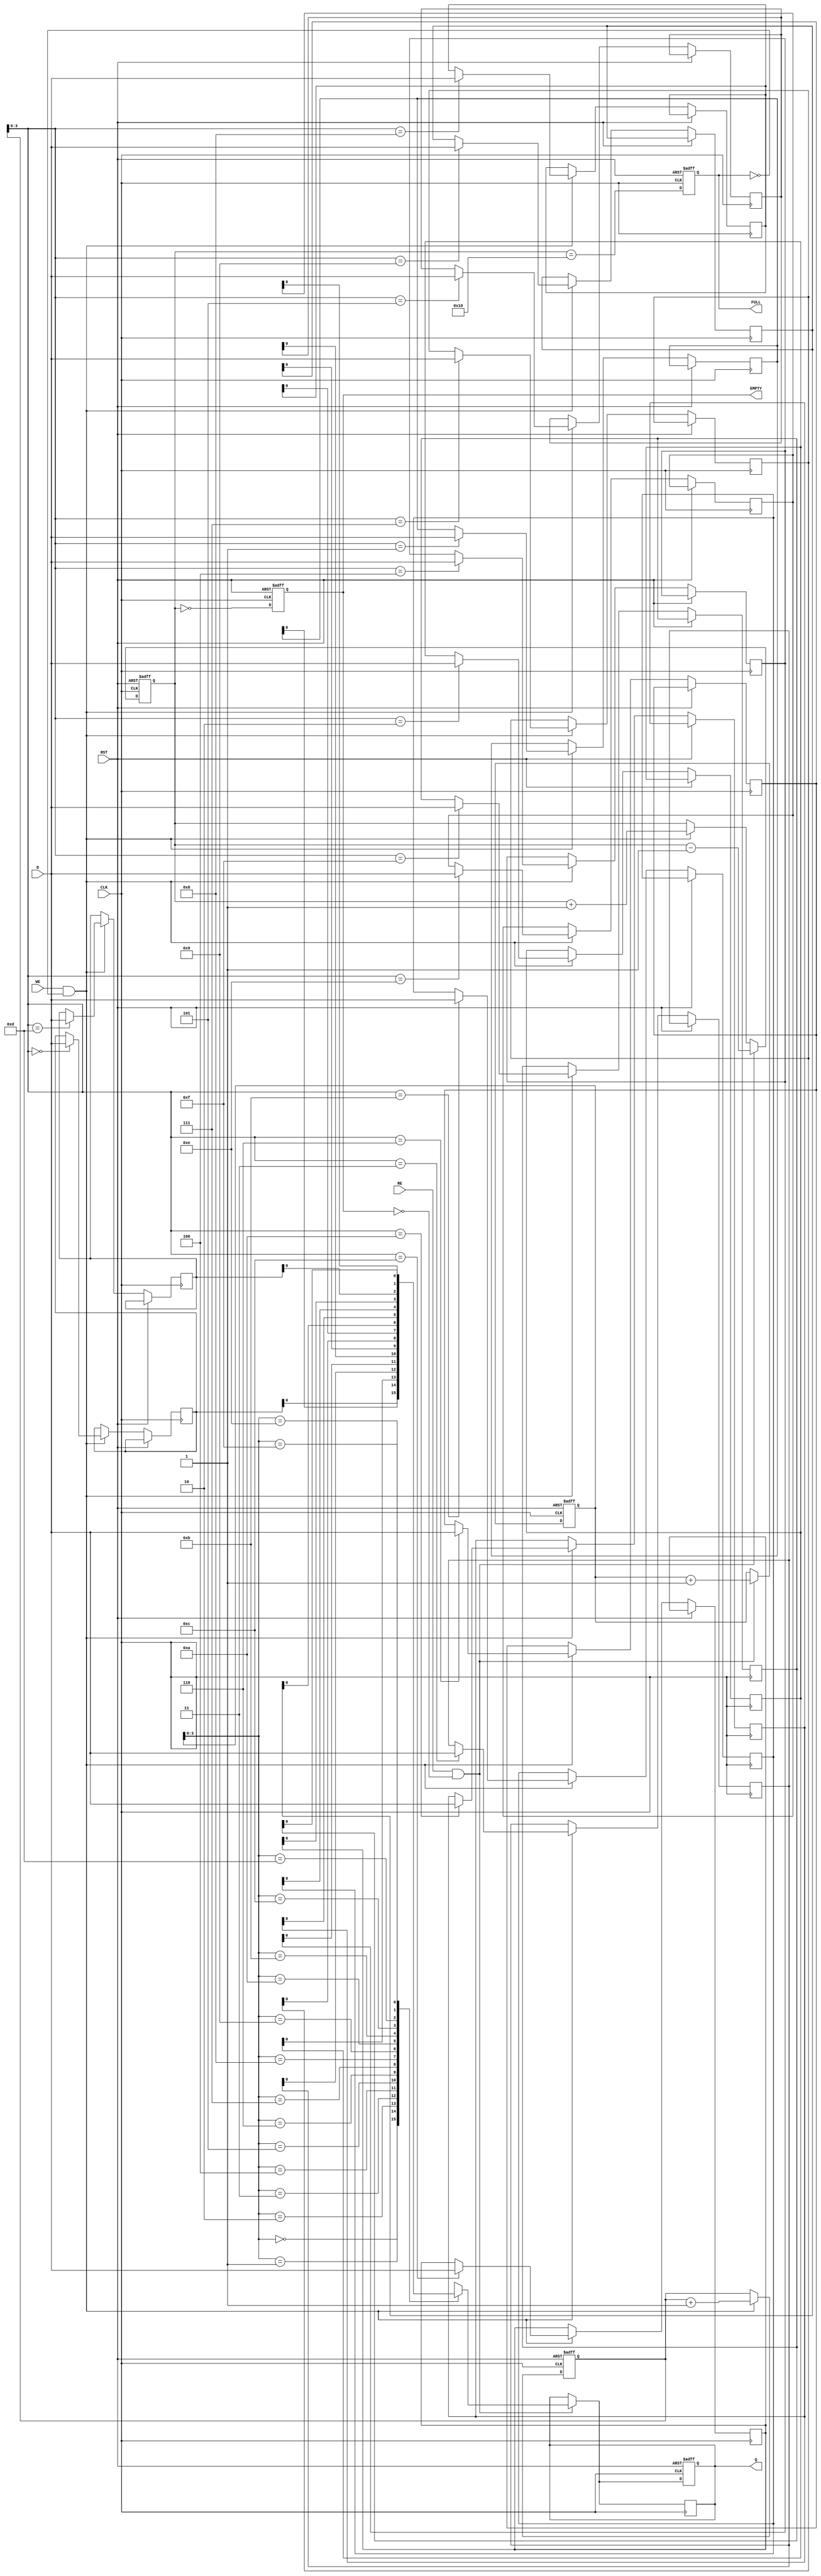
module FIFO_PISO #(
    parameter DATA_WIDTH = 8,  // Width of the parallel data input
    parameter FIFO_DEPTH = 16   // Depth of the FIFO
)(
    input wire [DATA_WIDTH-1:0] D,  // Parallel data input
    input wire WE,                   // Write Enable
    input wire RE,                   // Read Enable
    input wire CLK,                  // Clock
    input wire RST,                  // Reset
    output reg Q,                    // Serial Output
    output reg FULL,                 // Full Flag
    output reg EMPTY                 // Empty Flag
);

    // Internal storage
    reg [DATA_WIDTH-1:0] fifo_mem[FIFO_DEPTH-1:0]; // FIFO memory
    reg [4:0] write_pointer; // Write pointer (5 bits for depth up to 31)
    reg [4:0] read_pointer;  // Read pointer (5 bits for depth up to 31)
    reg [4:0] count;         // Count of elements in FIFO

    // Asynchronous reset
    always @(posedge CLK or posedge RST) begin
        if (RST) begin
            write_pointer <= 0;
            read_pointer <= 0;
            count <= 0;
            FULL <= 0;
            EMPTY <= 1;
            Q <= 0;
        end else begin
            // Write operation
            if (WE && !FULL) begin
                fifo_mem[write_pointer] <= D; // Store data in FIFO
                write_pointer <= write_pointer + 1; // Increment write pointer
                count <= count + 1; // Increment count
            end

            // Read operation
            if (RE && !EMPTY) begin
                Q <= fifo_mem[read_pointer][0]; // Output the least significant bit
                read_pointer <= read_pointer + 1; // Increment read pointer
                count <= count - 1; // Decrement count
            end

            // Update FULL and EMPTY flags
            FULL <= (count == FIFO_DEPTH);
            EMPTY <= (count == 0);
        end
    end

    // Serial output shifting
    always @(posedge CLK) begin
        if (RE && !EMPTY) begin
            // Shift Q to output the next bit in the serial output
            Q <= fifo_mem[read_pointer][0]; // Output the least significant bit
        end
    end

endmodule